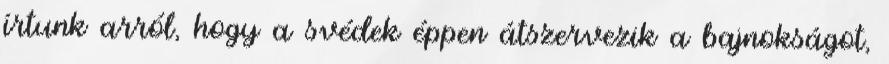
írtunk arról, hogy a svédek éppen átszervezik a bajnokságot,